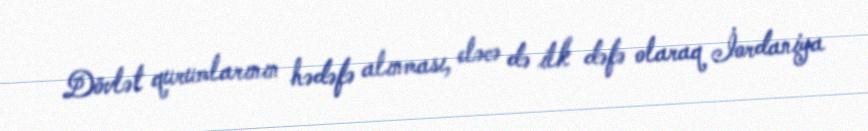
Dövlət qurumlarının hədəfə alınması, eləcə də ilk dəfə olaraq İordaniya